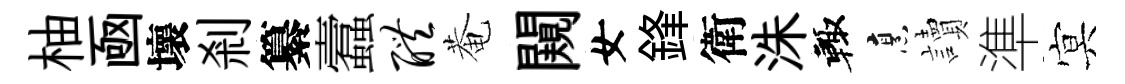
柚凾壞剎纂蠧醴菴闚女鋒衛洙輙烹讀準㝠